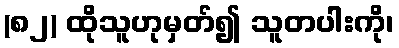
(၈၂) ထိုသူဟုမှတ်၍ သူတပါးကို၊